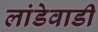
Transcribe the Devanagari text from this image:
लांडेवाडी